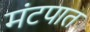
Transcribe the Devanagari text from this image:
मंटपात